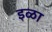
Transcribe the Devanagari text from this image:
इळा